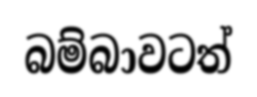
බම්බාවටත්